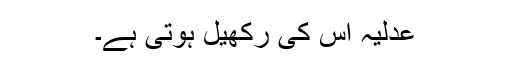
عدلیہ اس کی رکھیل ہوتی ہے۔